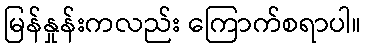
မြန်နှုန်းကလည်း ကြောက်စရာပါ။